Civil Veterinary Department. Madras. Admin. report 1926-33 - 1926-1933
Year: 1926
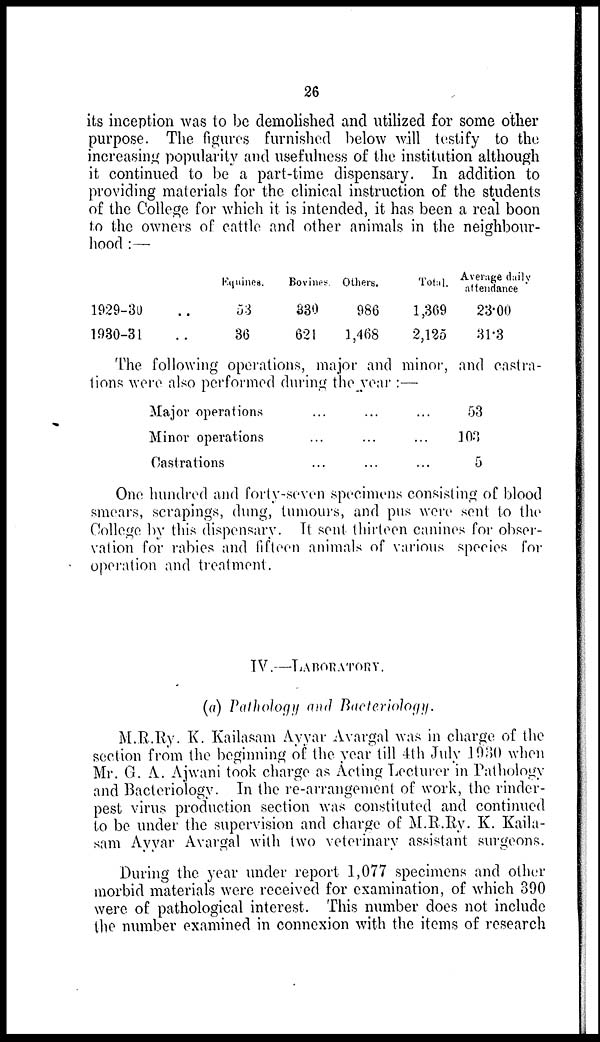
26
its inception was to be demolished and utilized for some other
purpose. The figures furnished below will testify to the
increasing popularity and usefulness of the institution although
it continued to be a part-time dispensary. In addition to
providing materials for the clinical instruction of the students
of the College for which it is intended, it has been a real boon
to the owners of cattle and other animals in the neighbour-
hood :—
1929-31 ..
1930-31 ..
Equines.
53
36
Bovines.
330
621
Others.
986
1,468
Total.
1,369
2,125
Average daily
attendance
23.00
31.3
The following operations, major and minor, and castra-
tions were also performed during the year :—
Major operations
Minor operations
Castrations
...
...
...
...
...
...
...
...
...
53
103
5
One hundred and forty-seven specimens consisting of blood
smears, scrapings, dung, tumours, and pus were sent to the
College by this dispensary. It sent thirteen canines for obser-
vation for rabies and fifteen animals of various species for
operation and treatment.
IV.—LABORATORY.
(a) Pathology and Bacteriology.
M.R.Ry. K. Kailasam Ayyar Avargal was in charge of the
section from the beginning of the year till 4th July 1930 when
Mr. G. A. Ajwani took charge as Acting Lecturer in Pathology
and Bacteriology. In the re-arrangement of work, the rinder-
pest virus production section was constituted and continued
to be under the supervision and charge of M.R.Ry. K. Kaila-
sam Ayyar Avargal with two veterinary assistant surgeons.
During the year under report 1,077 specimens and other
morbid materials were received for examination, of which 390
were of pathological interest. This number does not include
the number examined in connexion with the items of research